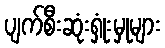
ပျက်စီးဆုံးရှုံးမှုများ